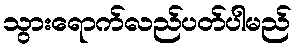
သွားရောက်လည်ပတ်ပါမည်